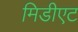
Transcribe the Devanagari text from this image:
मिडीएट